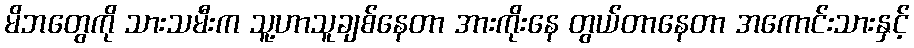
မိဘတွေကို သားသမီးက သူ့ဟာသူချစ်နေတာ အားကိုးနေ တွယ်တာနေတာ အကောင်းသားနှင့်